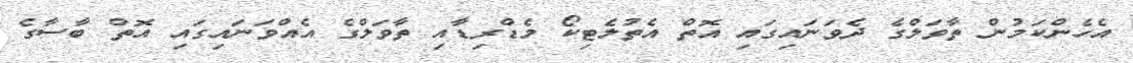
އެހެންކަމުން ތާވަލްގެ ދެވަނައިގައި އޮތް އެތުލެޓިކޯ މެޑްރިޑާއި ތާވަލްގެ އެއްވަނައިގައި އޮތް ބާސާގެ